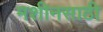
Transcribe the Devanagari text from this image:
मशीनसाठी